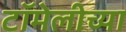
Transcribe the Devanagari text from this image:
टॉमेलीच्या